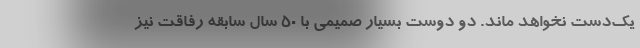
یک‌دست نخواهد ماند. دو دوست بسیار صمیمی با ۵۰ سال سابقه رفاقت نیز